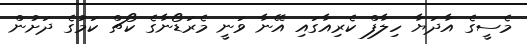
މެސީގެ އާދަޔާ ހިލާފް ކެރިއާގައި އޭނާ ވަނީ މެރަޑޯނާގެ ކޯޗް ކަމުގެ ދަށުން